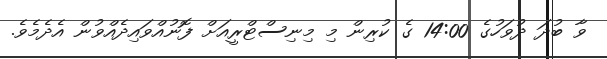
ވާ ބުދަ ދުވަހުގެ 14:00 ގެ ކުރިން މި މިނިސްޓްރީއަށް ފޮނުއްވައިދެއްވުން އެދެމެވެ.